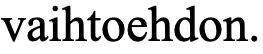
vaihtoehdon.